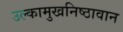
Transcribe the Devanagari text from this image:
उल्कामुखनिष्ठावान